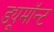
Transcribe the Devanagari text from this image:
ड्यूमॉन्ट